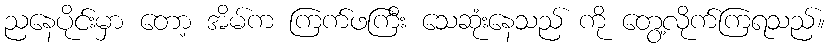
ညနေပိုင်းမှာ တော့ အိမ်က ကြက်ဖကြီး သေဆုံးနေသည် ကို တွေ့လိုက်ကြရသည်။